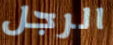
الرجل